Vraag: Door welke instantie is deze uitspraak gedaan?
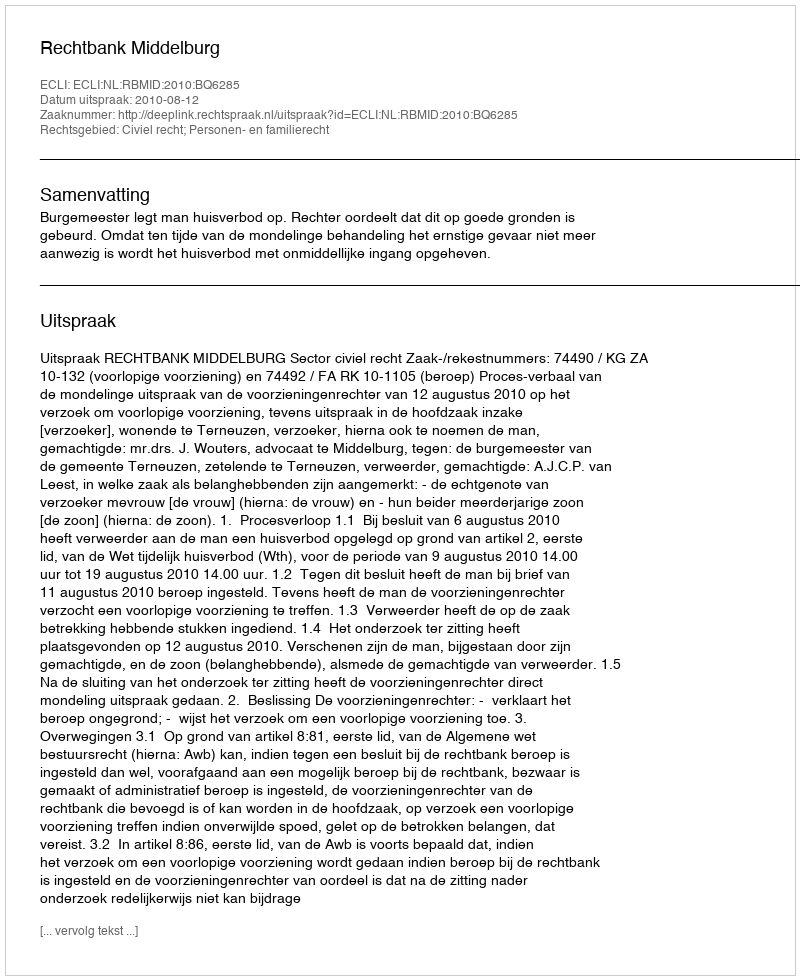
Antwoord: Rechtbank Middelburg